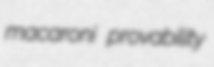
macaroni provability